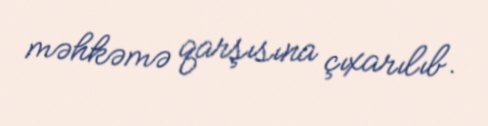
məhkəmə qarşısına çıxarılıb.